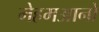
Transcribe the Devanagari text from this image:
मेहमआनो